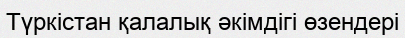
Түркістан қалалық әкімдігі өзендері